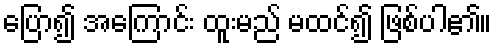
ပြော၍ အကြောင်း ထူးမည် မထင်၍ ဖြစ်ပါ၏။